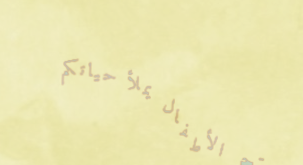
متجر الأطفال يملأ حياتكم